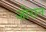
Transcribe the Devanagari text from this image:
जोरान